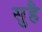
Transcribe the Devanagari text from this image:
सुहै